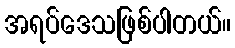
အရပ်ဒေသဖြစ်ပါတယ်။